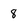
Character: 8